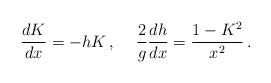
LaTeX: \begin{align*}\frac{dK}{dx}=-hK\,,\hspace{5mm}\frac{2}{g}\frac{dh}{dx}=\frac{1-K^2}{x^2}\,.\end{align*}